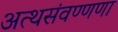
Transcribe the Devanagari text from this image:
अत्थसंवण्णणा